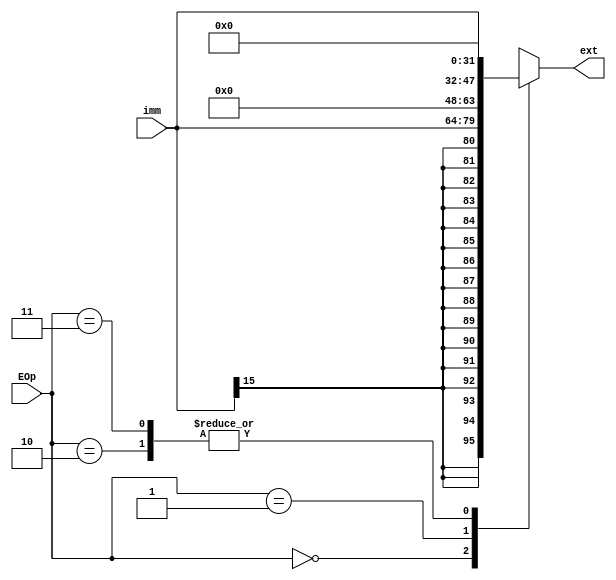
module ext(
    input [15:0] imm,
    input [1:0] EOp,
    output reg [31:0] ext
    );
	
	always @*
	begin
		case(EOp)
		2'b00:
		begin
			ext={{16{imm[15]}},imm};
		end
		2'b01:
		begin
			ext={{16{0}},imm};
		end
		2'b10:
		begin
			ext={imm,{16{0}}};
		end
		2'b11:
		begin
			ext={{14{imm[15]}},imm,{2{0}}};
		end
		endcase
	end

endmodule